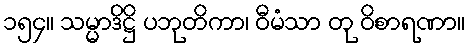
၁၅၄။ သမ္မာဒိဋ္ဌိ ပဘုတိကာ၊ ဝီမံသာ တု ဝိစာရဏာ။